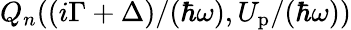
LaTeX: Q_{n}({(i\Gamma+\Delta)}/{(\hbar\omega)},{U_{\mathrm{p}}}/{(\hbar\omega)})